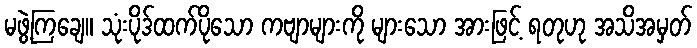
မဖွဲ့ကြချေ။ သုံးပိုဒ်ထက်ပိုသော ကဗျာများကို များသော အားဖြင့် ရတုဟု အသိအမှတ်